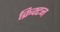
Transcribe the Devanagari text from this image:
क्रिक्टन